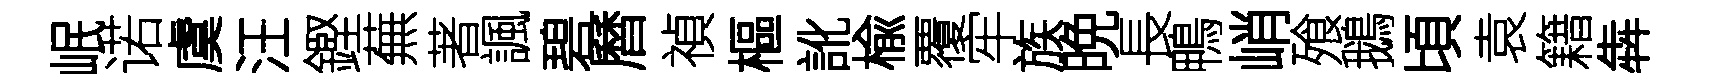
岷诺虞汪鏗蕪著諷碧曆禎樞訛楡覆牢族晩長鴨峭飱鵝頃袁籍犇